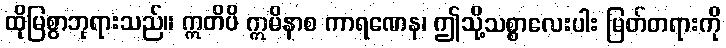
ထိုမြစွာဘုရားသည်။ ဣတိပိ ဣမိနာစ ကာရဏေန၊ ဤသို့သစ္စာလေးပါး မြတ်တရားကို